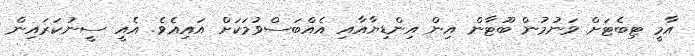
އާމީ ޓިބެޓަށް ވަނުމުން ބޫޓާން އިން އިންޑިޔާއާއި އެއްބަސްވުމަކަށް އައިއެވެ. އެއީ ސީނުކަރައިން